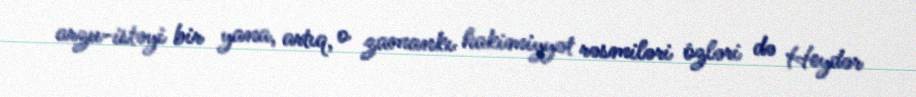
arzu-istəyi bir yana, artıq, o zamankı hakimiyyət rəsmiləri özləri də Heydər